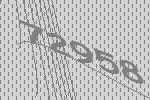
72958